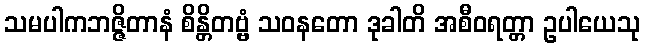
သမပါကဘဇ္ဇိတာနံ စိန္တိတဗ္ဗံ သဝနတော ဒုခါတိ အစီဝရတ္တာ ဥပါယေသု